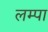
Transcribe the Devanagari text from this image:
लम्पा